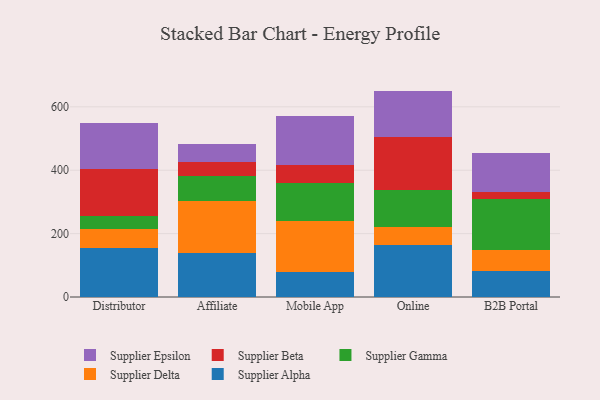
{"axis": {"x": "Channel", "y": "Headcount"}, "legend": ["Supplier Alpha", "Supplier Beta", "Supplier Delta", "Supplier Epsilon", "Supplier Gamma"], "data": [{"x": "Distributor", "y": 154.5, "type": "Supplier Alpha"}, {"x": "Distributor", "y": 58.9, "type": "Supplier Delta"}, {"x": "Distributor", "y": 42.8, "type": "Supplier Gamma"}, {"x": "Distributor", "y": 148.3, "type": "Supplier Beta"}, {"x": "Distributor", "y": 144.2, "type": "Supplier Epsilon"}, {"x": "Affiliate", "y": 139.3, "type": "Supplier Alpha"}, {"x": "Affiliate", "y": 163.0, "type": "Supplier Delta"}, {"x": "Affiliate", "y": 78.7, "type": "Supplier Gamma"}, {"x": "Affiliate", "y": 44.3, "type": "Supplier Beta"}, {"x": "Affiliate", "y": 56.7, "type": "Supplier Epsilon"}, {"x": "Mobile App", "y": 79.0, "type": "Supplier Alpha"}, {"x": "Mobile App", "y": 160.7, "type": "Supplier Delta"}, {"x": "Mobile App", "y": 118.9, "type": "Supplier Gamma"}, {"x": "Mobile App", "y": 56.4, "type": "Supplier Beta"}, {"x": "Mobile App", "y": 156.2, "type": "Supplier Epsilon"}, {"x": "Online", "y": 165.0, "type": "Supplier Alpha"}, {"x": "Online", "y": 56.6, "type": "Supplier Delta"}, {"x": "Online", "y": 115.5, "type": "Supplier Gamma"}, {"x": "Online", "y": 166.6, "type": "Supplier Beta"}, {"x": "Online", "y": 146.7, "type": "Supplier Epsilon"}, {"x": "B2B Portal", "y": 80.9, "type": "Supplier Alpha"}, {"x": "B2B Portal", "y": 66.2, "type": "Supplier Delta"}, {"x": "B2B Portal", "y": 161.1, "type": "Supplier Gamma"}, {"x": "B2B Portal", "y": 23.8, "type": "Supplier Beta"}, {"x": "B2B Portal", "y": 121.3, "type": "Supplier Epsilon"}]}